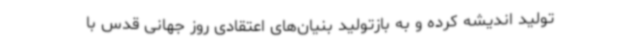
تولید اندیشه کرده و به بازتولید بنیان‌های اعتقادی روز جهانی قدس با